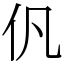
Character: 𠆩